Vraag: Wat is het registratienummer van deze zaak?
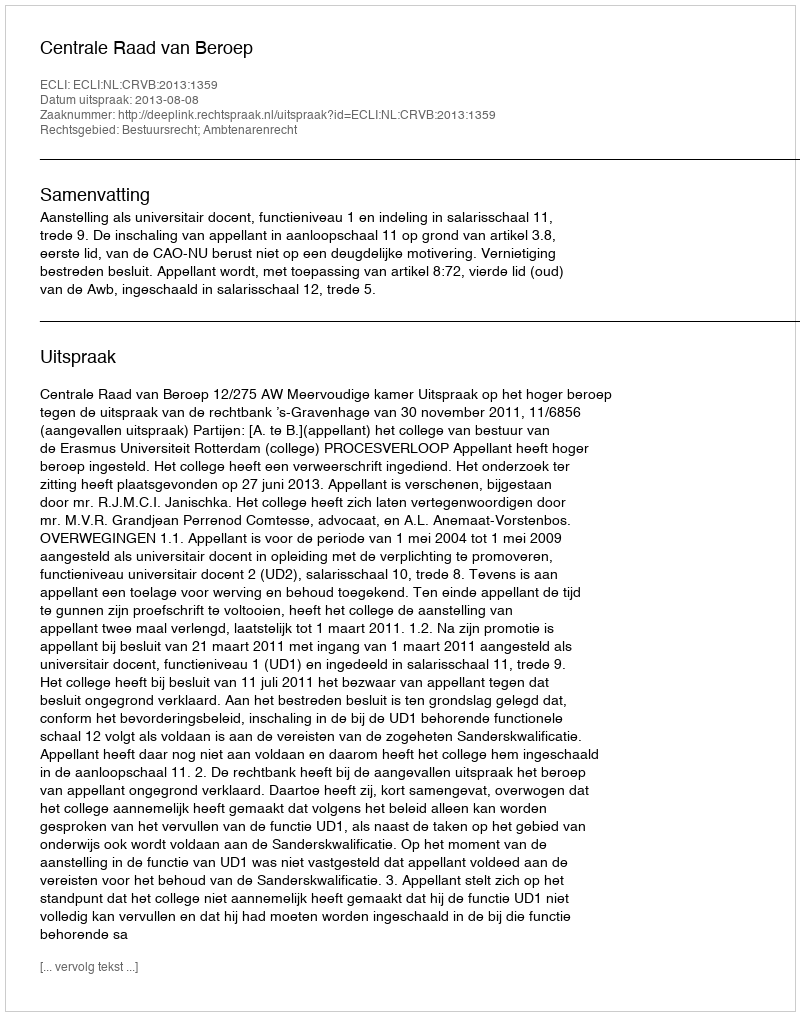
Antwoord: http://deeplink.rechtspraak.nl/uitspraak?id=ECLI:NL:CRVB:2013:1359